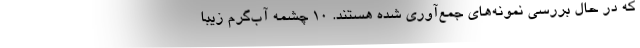
که در حال بررسی نمونه‌های جمع‌آوری شده هستند. 10 چشمه آب‌گرم زیبا